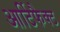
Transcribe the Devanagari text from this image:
आर्टिफैक्ट